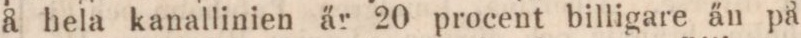
å hela kanallinien är 20 procent billigare än på